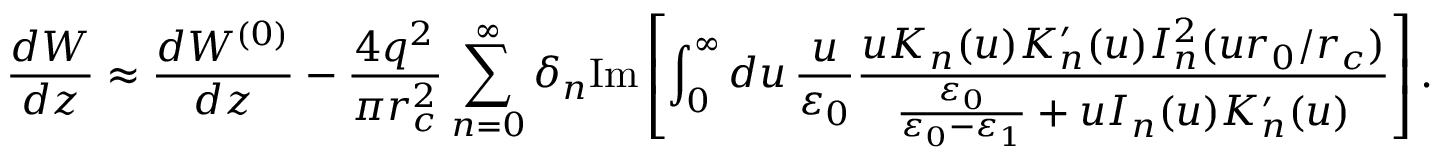
\frac { d W } { d z } \approx \frac { d W ^ { ( 0 ) } } { d z } - \frac { 4 q ^ { 2 } } { \pi r _ { c } ^ { 2 } } \sum _ { n = 0 } ^ { \infty } \delta _ { n } \mathrm { I m } \left[ \int _ { 0 } ^ { \infty } d u \, \frac { u } { \varepsilon _ { 0 } } \frac { u K _ { n } ( u ) K _ { n } ^ { \prime } ( u ) I _ { n } ^ { 2 } ( u r _ { 0 } / r _ { c } ) } { \frac { \varepsilon _ { 0 } } { \varepsilon _ { 0 } - \varepsilon _ { 1 } } + u I _ { n } ( u ) K _ { n } ^ { \prime } ( u ) } \right] .